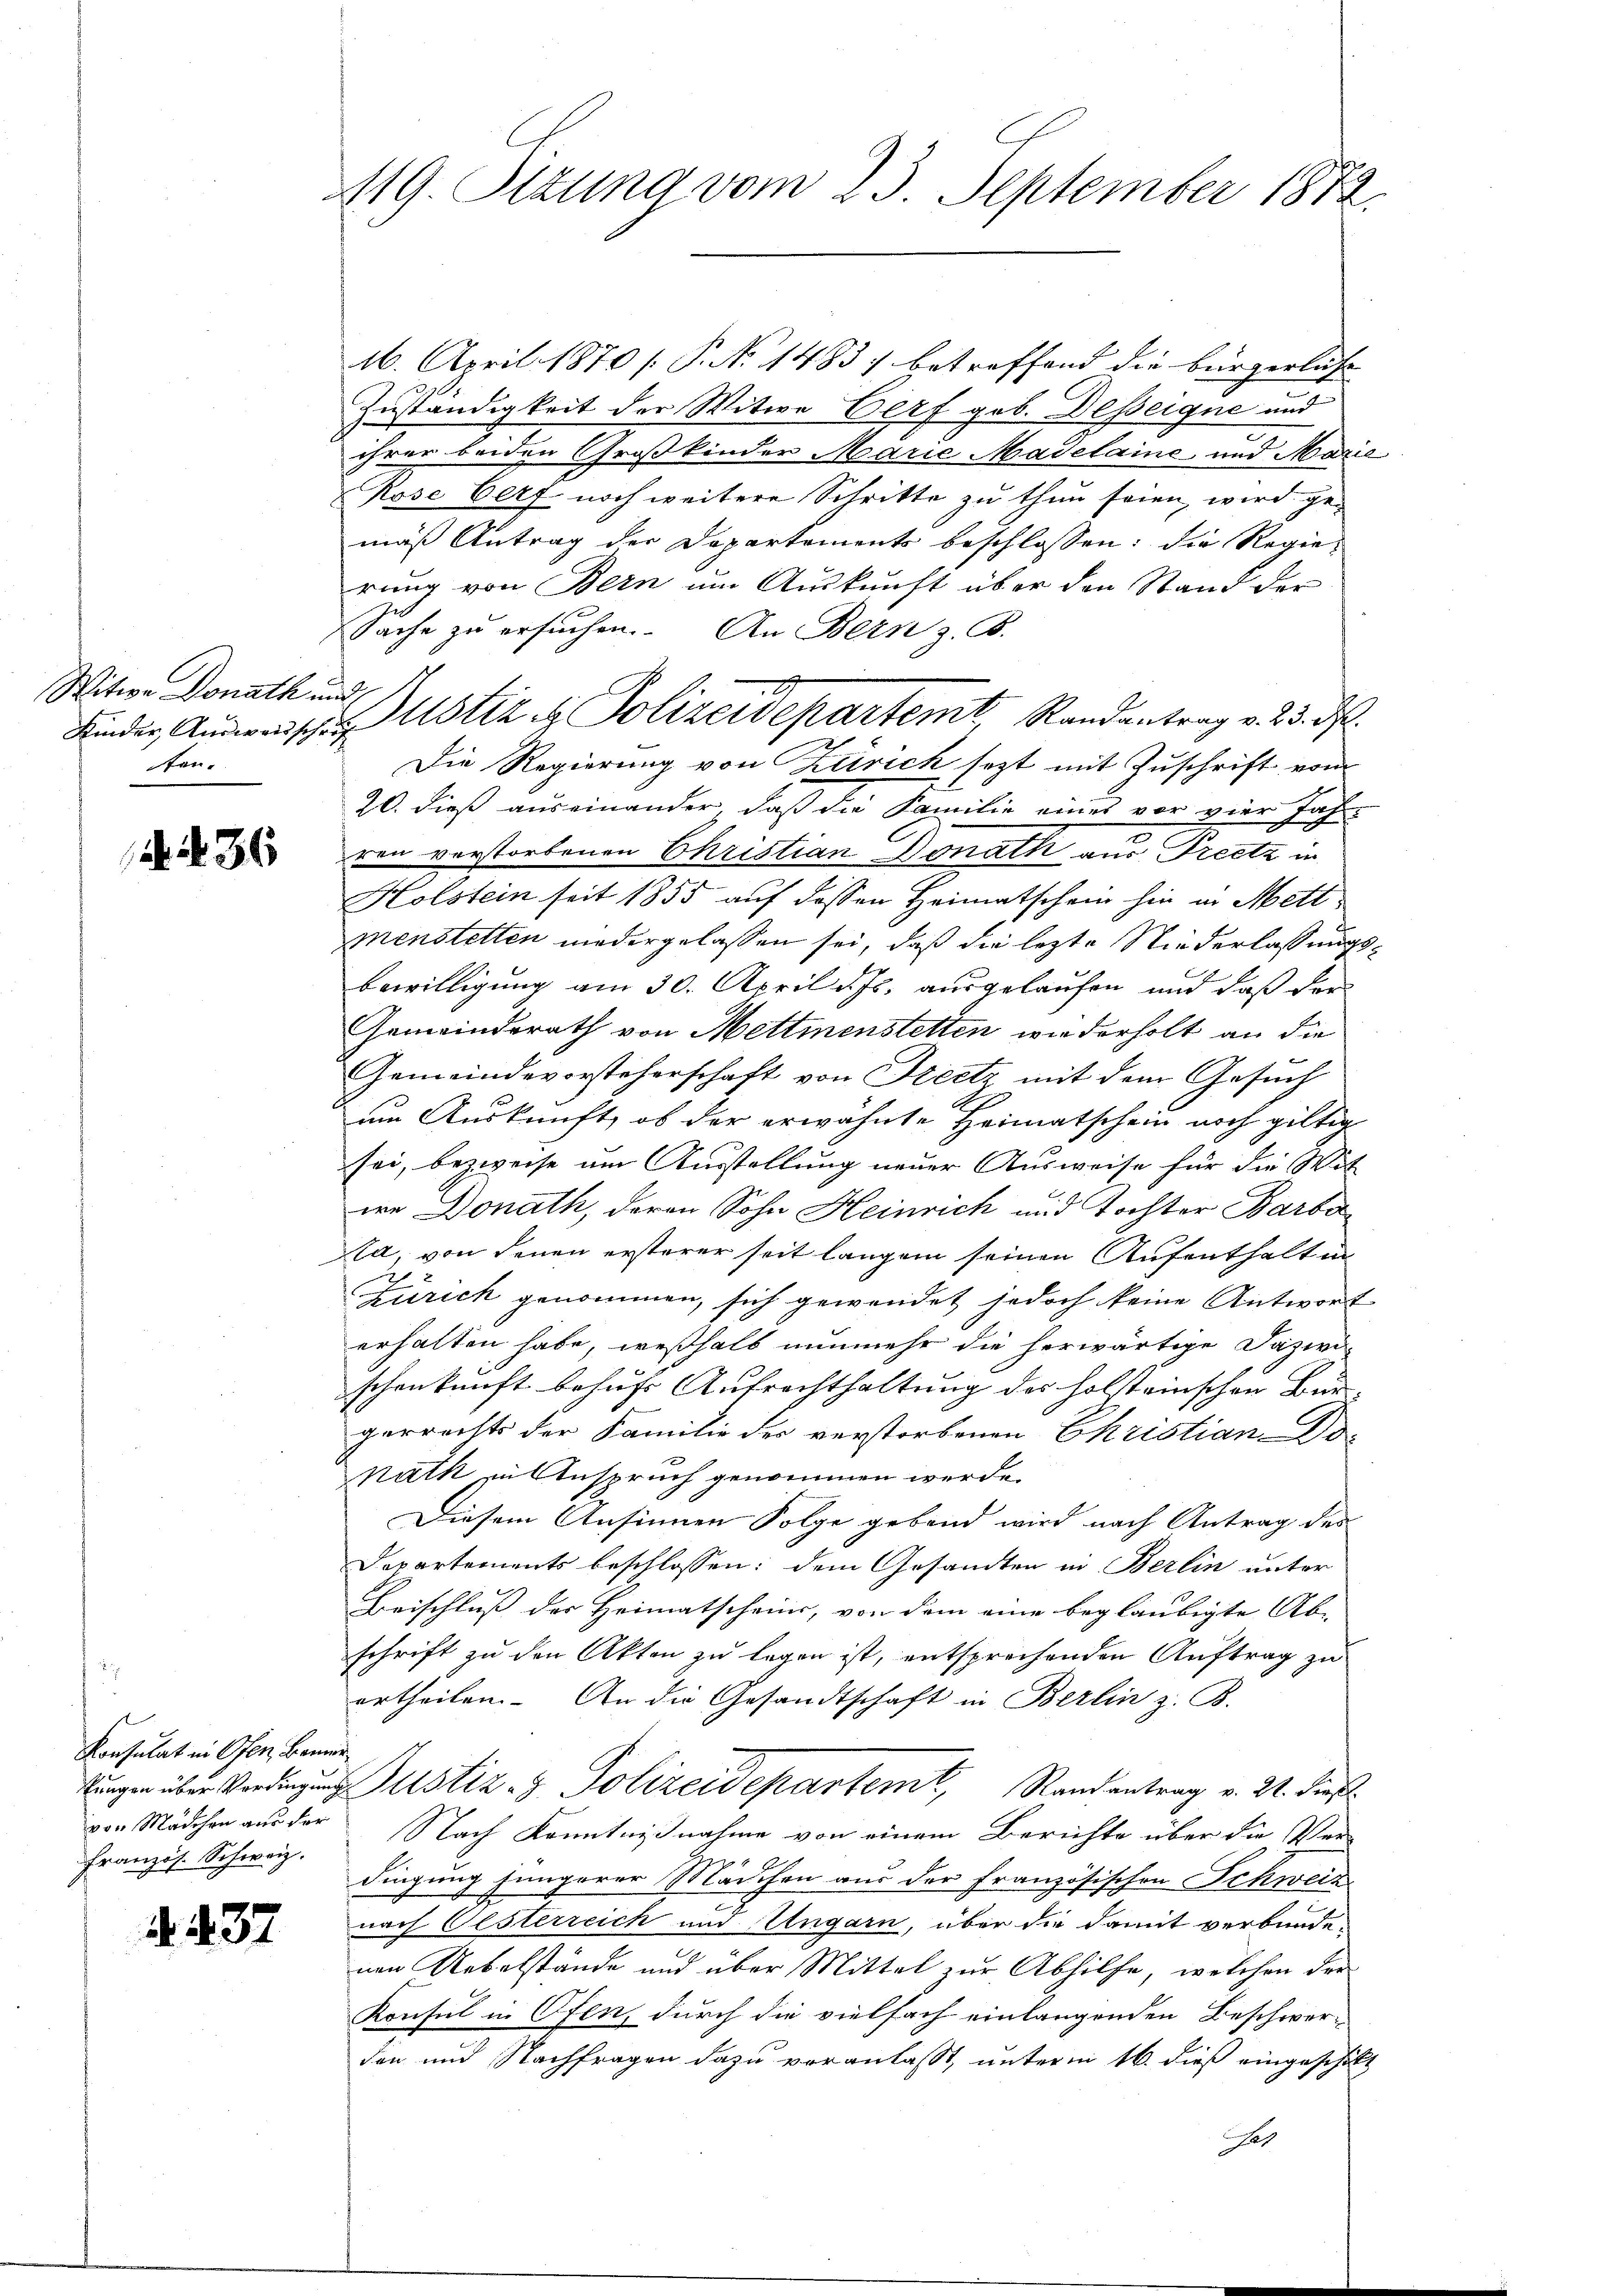
Witwe Donath und
ten.

a. 36

16. April 1870 [P. No 1483, betreffend die Bürgerlese
Zuständigkeit der Witwe Dorf geb. Desseigne und
ihrer beiden Großkinder Marie Madelaine und Marie
Röse Oelf noch weitere Schritte zu thun seien, wird ge-
mäß Antrag der Departements beschlossen: die Regierung von Bern um Auskunft über den Stand der
Sache zu ersuchen. An Bern z. B.
Die Regierung von Zürich sezt mit Zuschrift vom
20. dieß auseinander, daß die Familie eines vor vier Jahre
ren verstorbenen Christian Donath aus Preetz in
Holstein seit 1855 auf dessen Heimatschein hin in Mett
menstetten niedergelassen sei, daß die lezte Niederlassungsbewilligung am 30. April d. Js. ausgelaufen und daß der
Gemeindsrath von Mettmenstetten wiederholt an die
Gemeindevorsteherschaft von Freetz mit dem Gesuch
um Auskunft, ob der erwähnte Heimatschein noch giltig
sei, bezweife am Ausstellung neuer Ausweise für die Wit
we Donath, deren Sohn Heinrich und Tochter Barba
la, von denen ersterer seit langen seinen Aufenthalten
Zürich genommen, sich gewendet jedoch keine Antwort
erhalten habe, weßhalb nunmehr die herwärtige Dazwi-
schenkunft behufs Aufrechthaltung des holsteinschen Burgerrechts der Familie des verstorbenen Christian Do-
nath in Anspruch genommen werde.
Diesem Ansinnen Folge gebend wird nach Antrag des
Departements beschlossen: dem Gesandten in Berlin unter
Beischluß der Heimatscheins, von dem eine beglaubigte Ab-
schrift zu den Akten zu legen ist, entsprechenden Auftrag zu
ertheilen. An die Gesandtschaft in Berlin z. B.
sungen über Verdingung Justiz- & Polizeidepartemt, Randantrag v. 21. dies
von Mädchen aus der Nach Kenntnißnahme von einem Berichte über die Ver-
dingung jüngerer Mädchen aus der Französischen Schweiz
nach Oesterreich und Ungarn, über die damit verbundenen Uebelstände und über Mittel zur Abhilfe, welchen der
Konsul in Ofen, durch die vielfach einlangenden Beschwerden und Nachfragen dazu veranlasst, unterm 16. dieß eingeschickt
Jah

Konsulat in Ofen, Bemer
Französ. Schweiz.

. 437

419. Ottung vom 23. September 1812.

Kinder Ausweischen Astiz & Polizeidepartemt Randantrag v. 23. d.